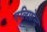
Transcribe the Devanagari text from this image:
एलिफ़ेन्ट